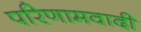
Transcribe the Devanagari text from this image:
परिणामवादी